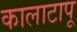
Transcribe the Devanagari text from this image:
कालाटापू